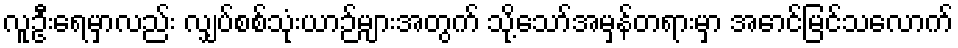
လူဦးရေမှာလည်း လျှပ်စစ်သုံးယာဉ်များအတွက် သို့သော်အမှန်တရားမှာ အောင်မြင်သလောက်